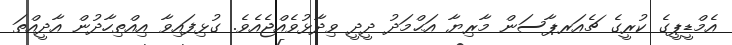
އެމްޑީޕީގެ ކުރީގެ ޗެއަރޕާސަން މާރިޔާ އަޙްމަދު ދީދީ ވިދާޅުވެއްޖެއެވެ. ގުޅިފައިވާ އިއްތިހާދުން އާދީއްތަ